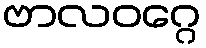
ဗာလဝဂ္ဂေ